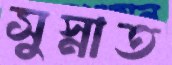
সুস্নাত